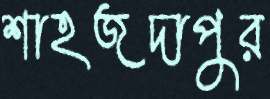
শাহজদাপুর